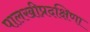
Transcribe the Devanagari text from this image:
पालखीप्रदक्षिणा